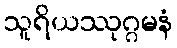
သူရိယဿုဂ္ဂမနံ